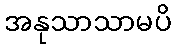
အနုသာသာမပိ